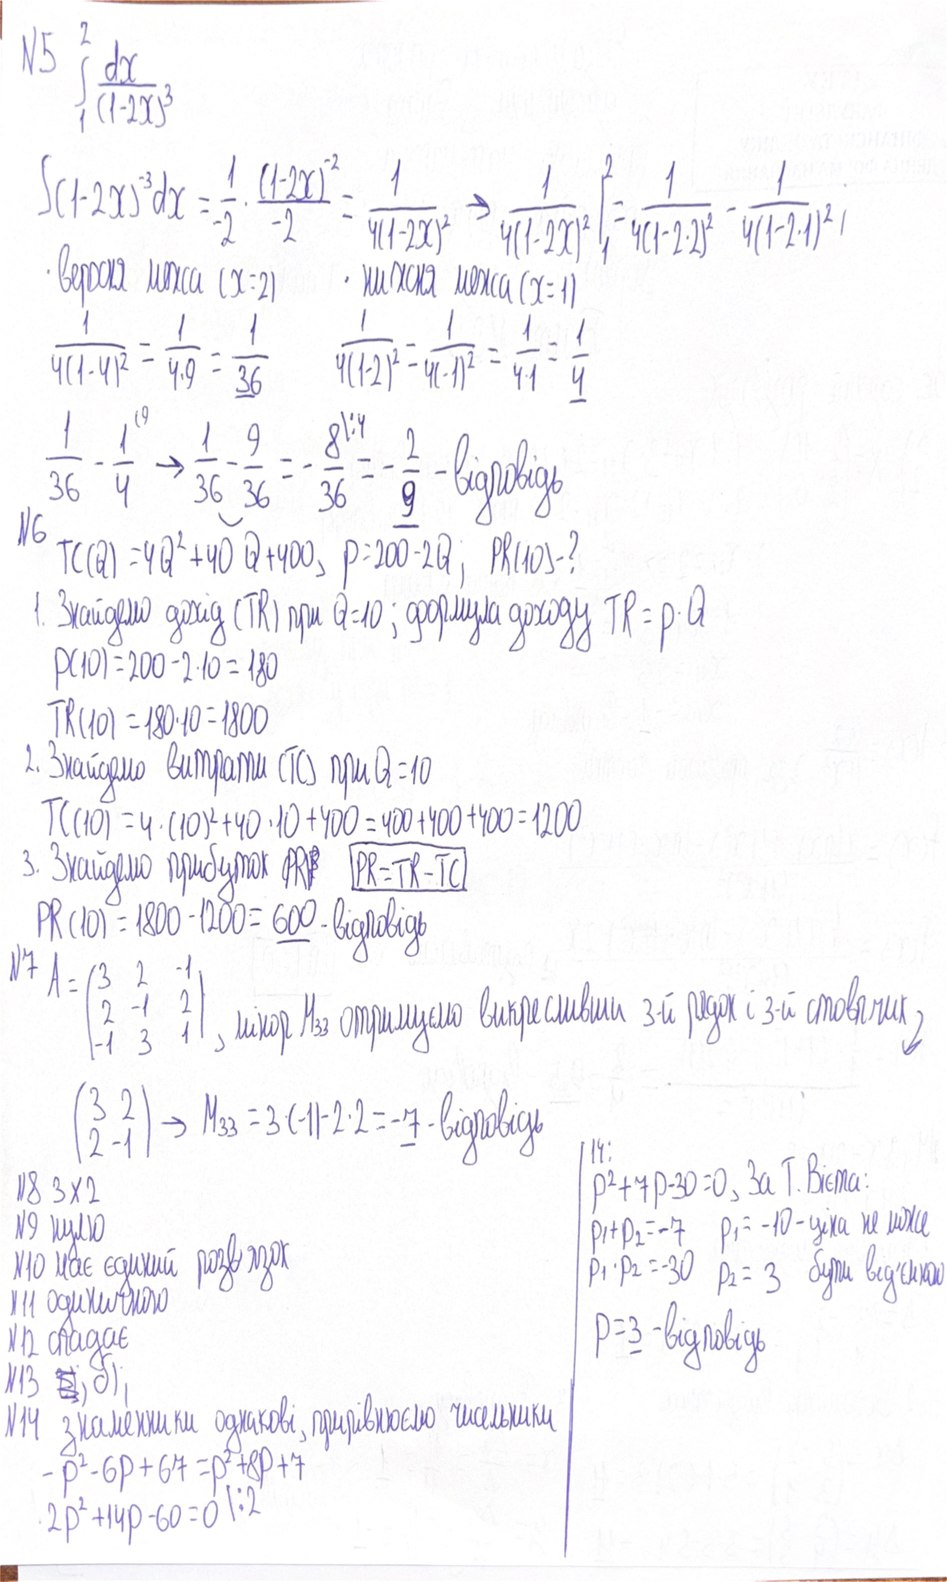
N5 \int_{1}^{2} \frac{dx}{(1-2x)^3}
∫(1-2x)⁻³dx = 1/-2 · (1-2x)⁻²/-2 = 1/4(1-2x)² → 1/4(1-2x)² |₁² = 1/4(1-2·2)² - 1/4(1-2·1)² ;
· верхня межа (x=2)
· нижня межа (x=1)
1 / (4(1 - 4)^2) = 1 / (4.9) = 1 / 36
1 / (4(1-2)^2) = 1 / (4(-1)^2) = 1 / (4 * 1) = 1 / 4
1/36 - 1¹⁹/4 → 1/36 - 9/36 = 8⁴/36 = - 2/9 - відповідь
N6 TC(Q) = 4Q² + 40 Q + 400, p=200 - 2Q; PR(10) - ?
1. Знайдемо дохід (TR) при Q=10; формула доходу TR = p · Q
p(10) = 200 - 2 · 10 = 180
TR(10) = 180 · 10 = 1800
2. Знайдемо витрати (TC) при Q=10
TC(10) = 4 · (10)² + 40 · 10 + 400 = 400 + 400 + 400 = 1200
3. Знайдемо прибуток (PR) PR=TR-TC
PR(10) = 1800 - 1200 = 600 - відповідь
№7 A = (3 2 -1 / 2 -1 2 / -1 3 1), мінор M33 отримуємо викресливши 3-й рядок і 3-й стовпчик↩
(3 2 / 2 -1) →  M33 = 3 * (-1) - 2 * 2 = -7 - відповідь
14: p^2+7p-30=0, За Т. Вієта:
N8 3X2
p¹ + p²2  = 7 p¹=-10 - цеха не межа
N9 нулю
N10 має єдиний розв'язок
p1 * p2 = 30 p2 = 3 - бути від'ємно
|| 11 одиничного
p=3 - відповідь
N 12 спадає
N13 ~~3~~ б)
№14 знаменники однакові, прирівнюємо чисельники
-p^2-6p+67=p^2+8p+7
2p^2 + 14p - 60 = 0 | : 2